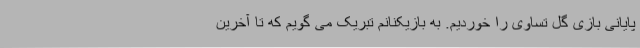
پایانی بازی گل تساوی را خوردیم. به بازیکنانم تبریک می گویم که تا آخرین